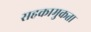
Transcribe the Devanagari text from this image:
सहकामुकता